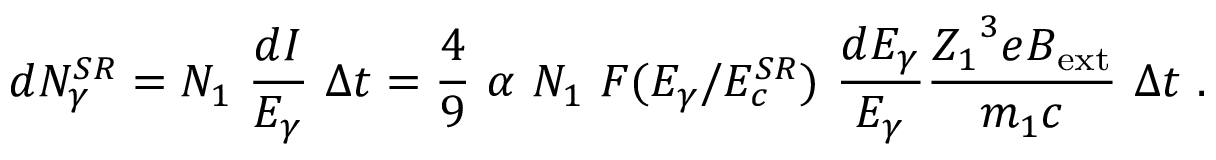
d N _ { \gamma } ^ { S R } = N _ { 1 } \ { \frac { d I } { E _ { \gamma } } } \ \Delta t = { \frac { 4 } { 9 } } \ \alpha \ N _ { 1 } \ F ( E _ { \gamma } / E _ { c } ^ { S R } ) \ { \frac { d E _ { \gamma } } { E _ { \gamma } } } { \frac { { Z _ { 1 } } ^ { 3 } e B _ { \mathrm { e x t } } } { m _ { 1 } c } } \ \Delta t \ .